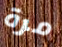
مرة